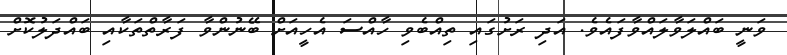
ވަނީ ބައްލަވާލައްވާފައެވެ. އަދި ރަށުގައި ތިއްބެވި ހާއްސަ އެހީއަށް ބޭނުންވާ ފަރާތްތަކާއި ބައްދަލުކޮށް